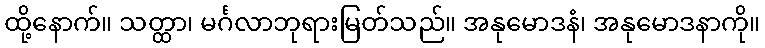
ထို့နောက်။ သတ္ထာ၊ မင်္ဂလာဘုရားမြတ်သည်။ အနုမောဒနံ၊ အနုမောဒနာကို။